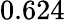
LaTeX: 0.624